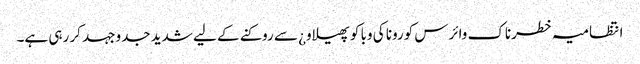
انتظامیہ خطرناک وائرس کورونا کی وبا کو پھیلاو¿ سے روکنے کے لیے شدید جدوجہد کر رہی ہے۔